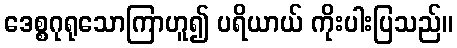
ဒေစ္စဂုရုသောကြာဟူ၍ ပရိယာယ် ကိုးပါးပြသည်။